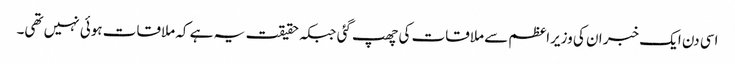
اسی دن ایک خبر ان کی وزیراعظم سے ملاقات کی چھپ گئی جبکہ حقیقت یہ ہے کہ ملاقات ہوئی نہیں تھی۔